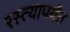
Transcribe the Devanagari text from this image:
रस्त्यापर्यंत